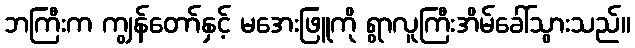
ဘကြီးက ကျွန်တော်နှင့် မအေးဖြူကို ရွာလူကြီးအိမ်ခေါ်သွားသည်။